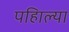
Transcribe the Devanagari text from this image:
पहिाल्या